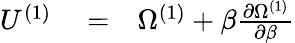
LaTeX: \begin{array}{rlr}{U^{(1)}}&{{}=}&{\Omega^{(1)}+\beta\frac{\partial\Omega^{(1)}}{\partial\beta}}\end{array}